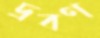
দ্রবণ